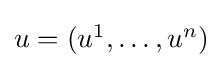
{\textstyle u=(u^{1},\dots ,u^{n})}